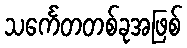
သင်္ကေတတစ်ခုအဖြစ်